Lunatic asylums in Bengal annual reports 1899-1911 - 1899-1911
Year: 1899
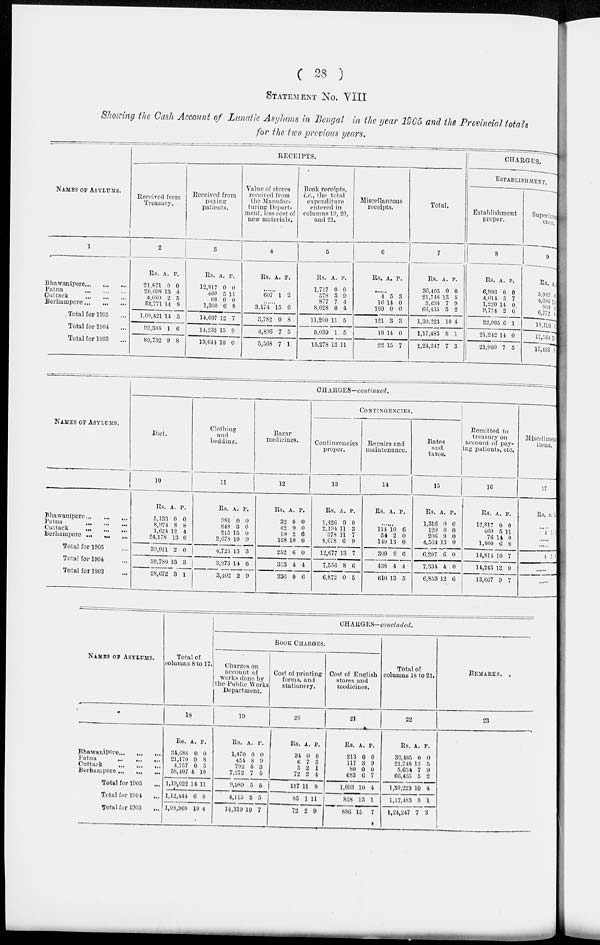
( 28 )
STATEMENT NO. VIII
Showing the Cash Account of Lunatic Asylums in Bengal in the year 1905 and the Provincial totals
for the two previous years.
NAMES OF ASYLUMS.
1
Bhawanipore ... ...
Patna
...
...
...
Cuttack
...
...
...
Berhampore
...
...
...
Total for 1905 ...
Total for 1904 ...
Total for 1903 ...
RECEIPTS.
Received from
Treasury.
2
Rs.
21,871
20,098
4,680
53,771
1,00,421
93,304
89,732
A.
0
13
2
14
14
1
9
P.
0
4
5
8
5
6
8
Received from
paying
patients.
3
Rs.
12,817
460
60
1,360
14,697
14,232
13,644
A.
0
5
0
6
12
15
10
P.
0
11 0
8
7
9
0
Value of stores
received from
the Manufac-
turing Depart-
ment, less cost of
new materials.
4
Rs. A. P.
.........
607 1 2
........
3,174
3,782
4,896
5,568
15
0
7
7
6
8
5
1
Book receipts,
i.e., the total
expenditure
entered in
columns 19, 20,
and 21.
5
Rs.
1,717
578
877
8,028
11,200
5,039
15,278
A.
0
3
7
0
11
1
12
P.
0
9
4
4
5
5
11
Miscellaneous
receipts.
6
Rs. A. P.
.... ...
4
16
100
121
10
22
5
14
0
3
14
15
3
0
0
3
0
7
Total.
7
Rs.
36,405
21,748
5,634
66,435
1,30,223
1,17,483
1,24,247
A.
0
13
7
5
10
8
7
P.
0
5
9
2
4
1
3
CHARGES.
ESTABLISHMENT.
Establishment
proper.
8
Rs.
6,996
4,014
1,220
9,774
22,005
21,242
21,060
A.
0
5
14
2
6
14
7
P.
0
7
0
6
1
0
5
Superinten
ence.
9
Rs.
5,987
4,396
940
6,772
18,116
17,560
17,493
A.
9
19
8
1
9
NAMES F ASYLUMS.
Bhawanipore ... ... ...
Patna
...
...
...
Cuttack
...
...
...
Berhampore
...
...
...
Total for 1905 ...
Total for 1904 ...
Total for 1903 ...
CHARGES—continued.
Diet.
10
Rs.
5,133
8,974
1,624
24,178
39,911
39,780
38,672
A.
0
8
12
13
2
13
3
P.
0
8
4
0
0
3
1
Clothing
and
bedding.
11
Rs.
981
848
215
2,678
4,723
3,973
3,402
A.
0
3
15
10
13
11
2
P.
0
6
0
9
3
6
9
Bazar
medicines.
12
Rs.
32
42
10
158
252
313
336
A.
0
9
2
10
6
4
0
P.
0
0
6
6
0
4
6
CONTINGENCIES.
Contingencies
proper.
13
Rs.
1,426
2,194
378
8,678
12,677
7,556
6,872
A.
0
11
11
6
13
8
0
P.
0
3
7
9
7
6
5
Repairs and
maintenance.
14
Rs. A. P.
.......
114
54
140
309
438
610
10
2
13
9
4
13
6
0
0
6
4
5
Rates
and
taxes.
15
Rs.
1,316
120
206
4,504
6,207
7,334
6,853
A.
0
0
9
13
6
4
12
P.
0
0
0
0
0
0
6
Remitted to
treasury on
account of pay-
ing patients, etc.
16
Rs.
12,817
460
76
1,460
11,814
14,243
13,667
A.
0
5
14
6
10
13
9
P.
0
11
0
8
7
0
7
Miscellaneous
items.
17
Rs. A.
P.
4 5
4 5
NAMES
OF
ASYLUMS.
Bhawanipure
...
...
...
Patna
...
...
...
Cuttack
...
...
...
Berhampore
...
...
...
Total for 1905 ...
Total for 1904 ...
Total for 1903 ...
Total of
columns 8 to 17.
18
Rs.
34,688
21,170
4,757
58,407
1,19,022
1,12,444
1,08,968
A.
0
9
0
4
14
6
10
P.
0
8
5
10
11
8
4
CHARGES—concluled.
BOOK CHARGES.
Charges on
account of
works done by
the public Works
Department.
19
Rs.
1,470
454
792
7,272
9,989
4,115
14,319
A.
0
8
5
7
5
2
10
P.
0
9
3
5
5
5
7
Cost of printing
forms, and
stationery.
20
Rs.
34
6
5
72
117
85
72
A.
0
7
2
2
11
1
2
P.
0
3
1
4
8
11
9
Cost of English
stores and
medicines.
21
Rs.
213
117
80
683
1,093
838
886
A.
0
3
0
6
10
13
15
P.
0
9
0
7
4
1
7
Total of
columns 18 to 21.
22
Rs.
36,405
21,748
5,634
66,435
1,30,223
1,17,483
1,24,247
A.
0
13
7
5
10
8
7
P.
0
5
9
2
4
1
3
REMARKS.
23